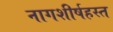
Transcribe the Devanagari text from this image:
नागशीर्षहस्त